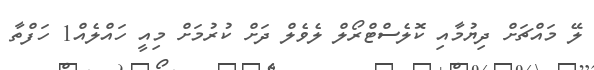
ލޭ މައްޗަށް ދިޔުމާއި ކޮލެސްޓްރޯލް ލެވެލް ދަށް ކުރުމަށް މިއީ ހައްލެއް1 ހަފްތާ